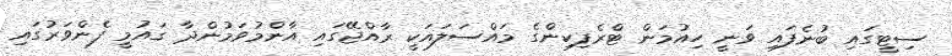
ސިޓީގައި ބުނެފައި ވަނީ ހިއުމަން ޓްރެފިކިންގެ މައްސަލައަކީ ރާއްޖޭގައި އާންމުވަމުންދާ ގައުމީ ފެންވަރުގައި